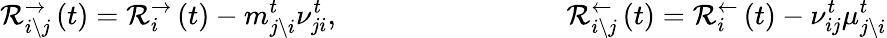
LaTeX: \mathcal{R}_{i\backslash j}^{\rightarrow}\left(t\right)=\mathcal{R}_{i}^{\rightarrow}\left(t\right)-m_{j\backslash i}^{t}\nu_{ji}^{t},\qquad\qquad\qquad\qquad\mathcal{R}_{i\backslash j}^{\leftarrow}\left(t\right)=\mathcal{R}_{i}^{\leftarrow}\left(t\right)-\nu_{ij}^{t}\mu_{j\backslash i}^{t}